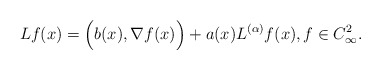
\begin{align*}Lf(x)=\Big(b(x), \nabla f(x)\Big)+a(x) L^{(\alpha)}f(x), f\in C_\infty^2.\end{align*}